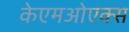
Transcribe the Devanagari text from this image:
केएमओएक्स